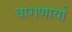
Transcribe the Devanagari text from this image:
वागणार्या